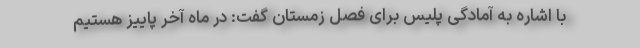
با اشاره به آمادگی پلیس برای فصل زمستان گفت: در ماه آخر پاییز هستیم